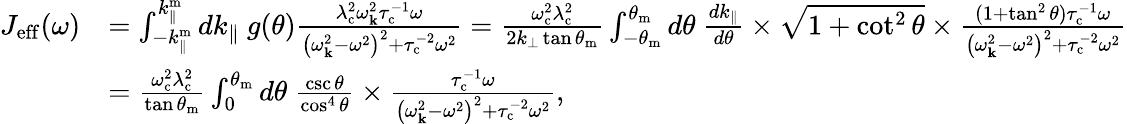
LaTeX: \begin{array}{rl}{J_{\mathrm{eff}}(\omega)}&{=\int_{-k_{\parallel}^{\mathrm{m}}}^{k_{\parallel}^{\mathrm{m}}}dk_{\parallel}~g(\theta)\frac{\lambda_{\mathrm{c}}^{2}\omega_{\mathbf{k}}^{2}\tau_{\mathrm{c}}^{-1}\omega}{\left(\omega_{\mathbf{k}}^{2}-\omega^{2}\right)^{2}+\tau_{\mathrm{c}}^{-2}\omega^{2}}=\frac{\omega_{\mathrm{c}}^{2}\lambda_{\mathrm{c}}^{2}}{2k_{\perp}\tan\theta_{\mathrm{m}}}\int_{-\theta_{\mathrm{m}}}^{\theta_{\mathrm{m}}}d\theta~\frac{dk_{\parallel}}{d\theta}\times\sqrt{1+\cot^{2}\theta}\times\frac{(1+\tan^{2}\theta)\tau_{\mathrm{c}}^{-1}\omega}{\left(\omega_{\mathbf{k}}^{2}-\omega^{2}\right)^{2}+\tau_{\mathrm{c}}^{-2}\omega^{2}}}\\ &{=\frac{\omega_{\mathrm{c}}^{2}\lambda_{\mathrm{c}}^{2}}{\tan\theta_{\mathrm{m}}}\int_{0}^{\theta_{\mathrm{m}}}d\theta\ \frac{\csc\theta}{\cos^{4}\theta}\times\frac{\tau_{\mathrm{c}}^{-1}\omega}{\left(\omega_{\mathbf{k}}^{2}-\omega^{2}\right)^{2}+\tau_{\mathrm{c}}^{-2}\omega^{2}},}\end{array}